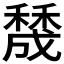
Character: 𥢲